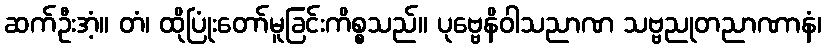
ဆက်ဦးအံ့။ တံ၊ ထိုပြုံးတော်မူခြင်းကိစ္စသည်။ ပုဗ္ဗေနိဝါသညာဏ သဗ္ဗညုတညာဏာနံ၊